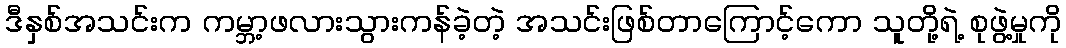
ဒီနှစ်အသင်းက ကမ္ဘာ့ဖလားသွားကန်ခဲ့တဲ့ အသင်းဖြစ်တာကြောင့်ကော သူတို့ရဲ့ စုဖွဲ့မှုကို